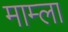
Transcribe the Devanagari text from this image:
माम्ला